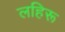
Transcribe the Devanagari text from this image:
लहिरू